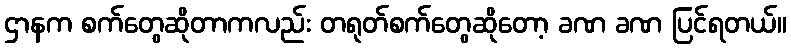
ဌာနက စက်တွေဆိုတာကလည်း တရုတ်စက်တွေဆိုတော့ ခဏ ခဏ ပြင်ရတယ်။